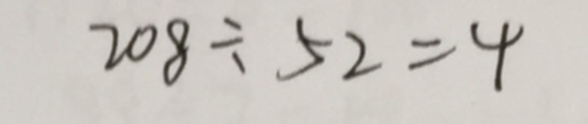
2 0 8 \div 5 2 = 4